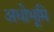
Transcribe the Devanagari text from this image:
अधोभूमि